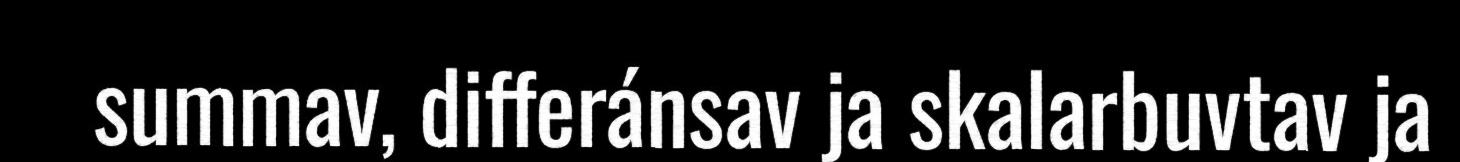
summav, differánsav ja skalarbuvtav ja